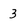
Character: 3